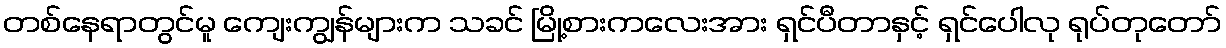
တစ်နေရာတွင်မူ ကျေးကျွန်များက သခင် မြို့စားကလေးအား ရှင်ပီတာနှင့် ရှင်ပေါလု ရုပ်တုတော်